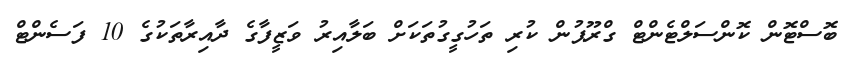
ބޮސްޓޮން ކޮންސަލްޓެންޓް ގްރޫޕުން ކުރި ތަހުގީގުތަކަށް ބަލާއިރު ވަޒީފާގެ ދާއިރާތަކުގެ 10 ފަސެންޓް